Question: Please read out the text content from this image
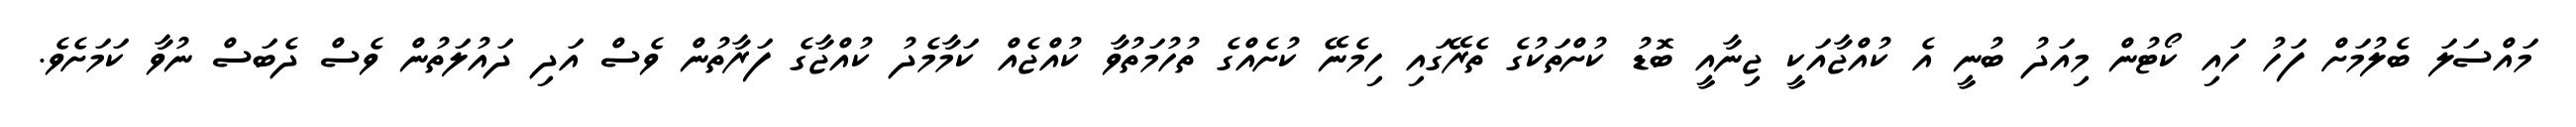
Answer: މައްސަލަ ބެލުމަށް ފަހު ހައި ކޯޓުން މިއަދު ބުނީ އެ ކުއްޖާއަކީ ޖިނާއީ ބޮޑު ކުށްތަކުގެ ތެރޭގައި ހިމެނޭ ކުށެއްގެ ތުހުމަތުވާ ކުއްޖެއް ކަމާމެދު ކުއްޖާގެ ފަރާތުން ވެސް އަދި ދައުލަތުން ވެސް ދެބަސް ނުވާ ކަމަށެވެ.